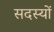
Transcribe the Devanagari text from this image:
सदस्याें